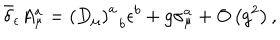
\bar { \delta } _ { \epsilon } A _ { \mu } ^ { a } = \left( D _ { \mu } \right) _ { \; \; b } ^ { a } \epsilon ^ { b } + g \sigma _ { \mu } ^ { a } + O \left( g ^ { 2 } \right) ,